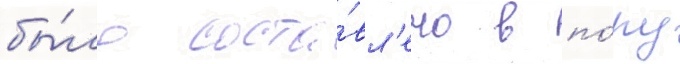
бы́ло соста́вл'ено в по́ру